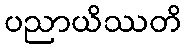
ပညာယိဿတိ